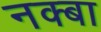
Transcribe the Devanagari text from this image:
नक्बा